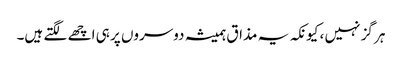
ہر گز نہیں ، کیونکہ یہ مذاق ہمیشہ دوسروں پر ہی اچھے لگتے ہیں۔